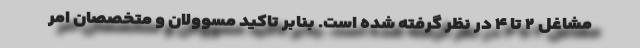
مشاغل ۲ تا ۴ در نظر گرفته شده است. بنابر تاکید مسوولان و متخصصان امر